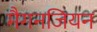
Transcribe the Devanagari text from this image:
मैगनजियन